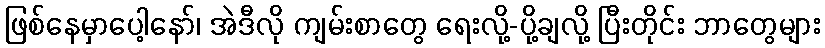
ဖြစ်နေမှာပေါ့နော်၊ အဲဒီလို ကျမ်းစာတွေ ရေးလို့-ပို့ချလို့ ပြီးတိုင်း ဘာတွေများ